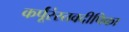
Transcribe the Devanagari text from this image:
कर्पूंरंस्तवदीपिका